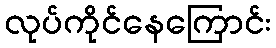
လုပ်ကိုင်နေကြောင်း